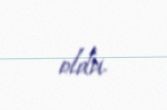
oldu.